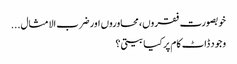
خوبصورت فقروں، محاوروں اور ضرب الامثال...
وجود ڈاٹ کام پر کیا بیتی؟